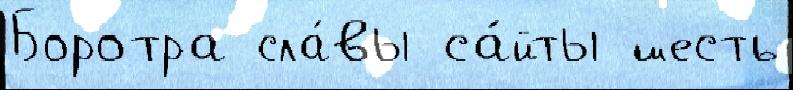
Боротра сла́вы са́йты шесть